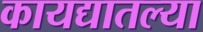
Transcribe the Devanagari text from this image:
कायद्यातल्या